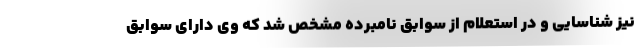
نیز شناسایی و در استعلام از سوابق نامبرده مشخص شد که وی دارای سوابق